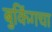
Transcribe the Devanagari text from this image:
बुकिंगचा